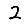
Digit: 2